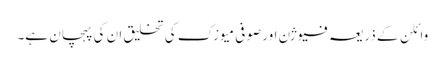
وائلن کے ذریعہ فیوژن اور صوفی میوزک کی تخلیق ان کی پہچان ہے۔